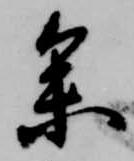
参